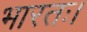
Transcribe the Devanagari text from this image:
भारतः।